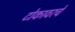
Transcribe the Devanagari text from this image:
टोकावरचे